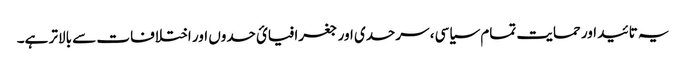
یہ تائید اور حمایت تمام سیاسی، سرحدی اور جغرافیائ حدوں اور اختلافات سے بالاتر ہے۔